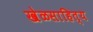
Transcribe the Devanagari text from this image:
खेळसाहित्य